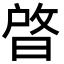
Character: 晵